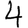
Digit: 4